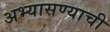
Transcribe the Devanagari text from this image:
अभ्यासण्याची